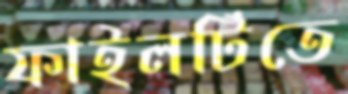
ফাইলটিতে